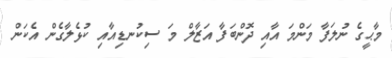
މާޙީގެ ނުލަފާ މަންމަ އާއި ދޮންބަފާ އަޒާލް މަ ސިކުނޑިއާއި ކުޅެލާގެން އެކަން